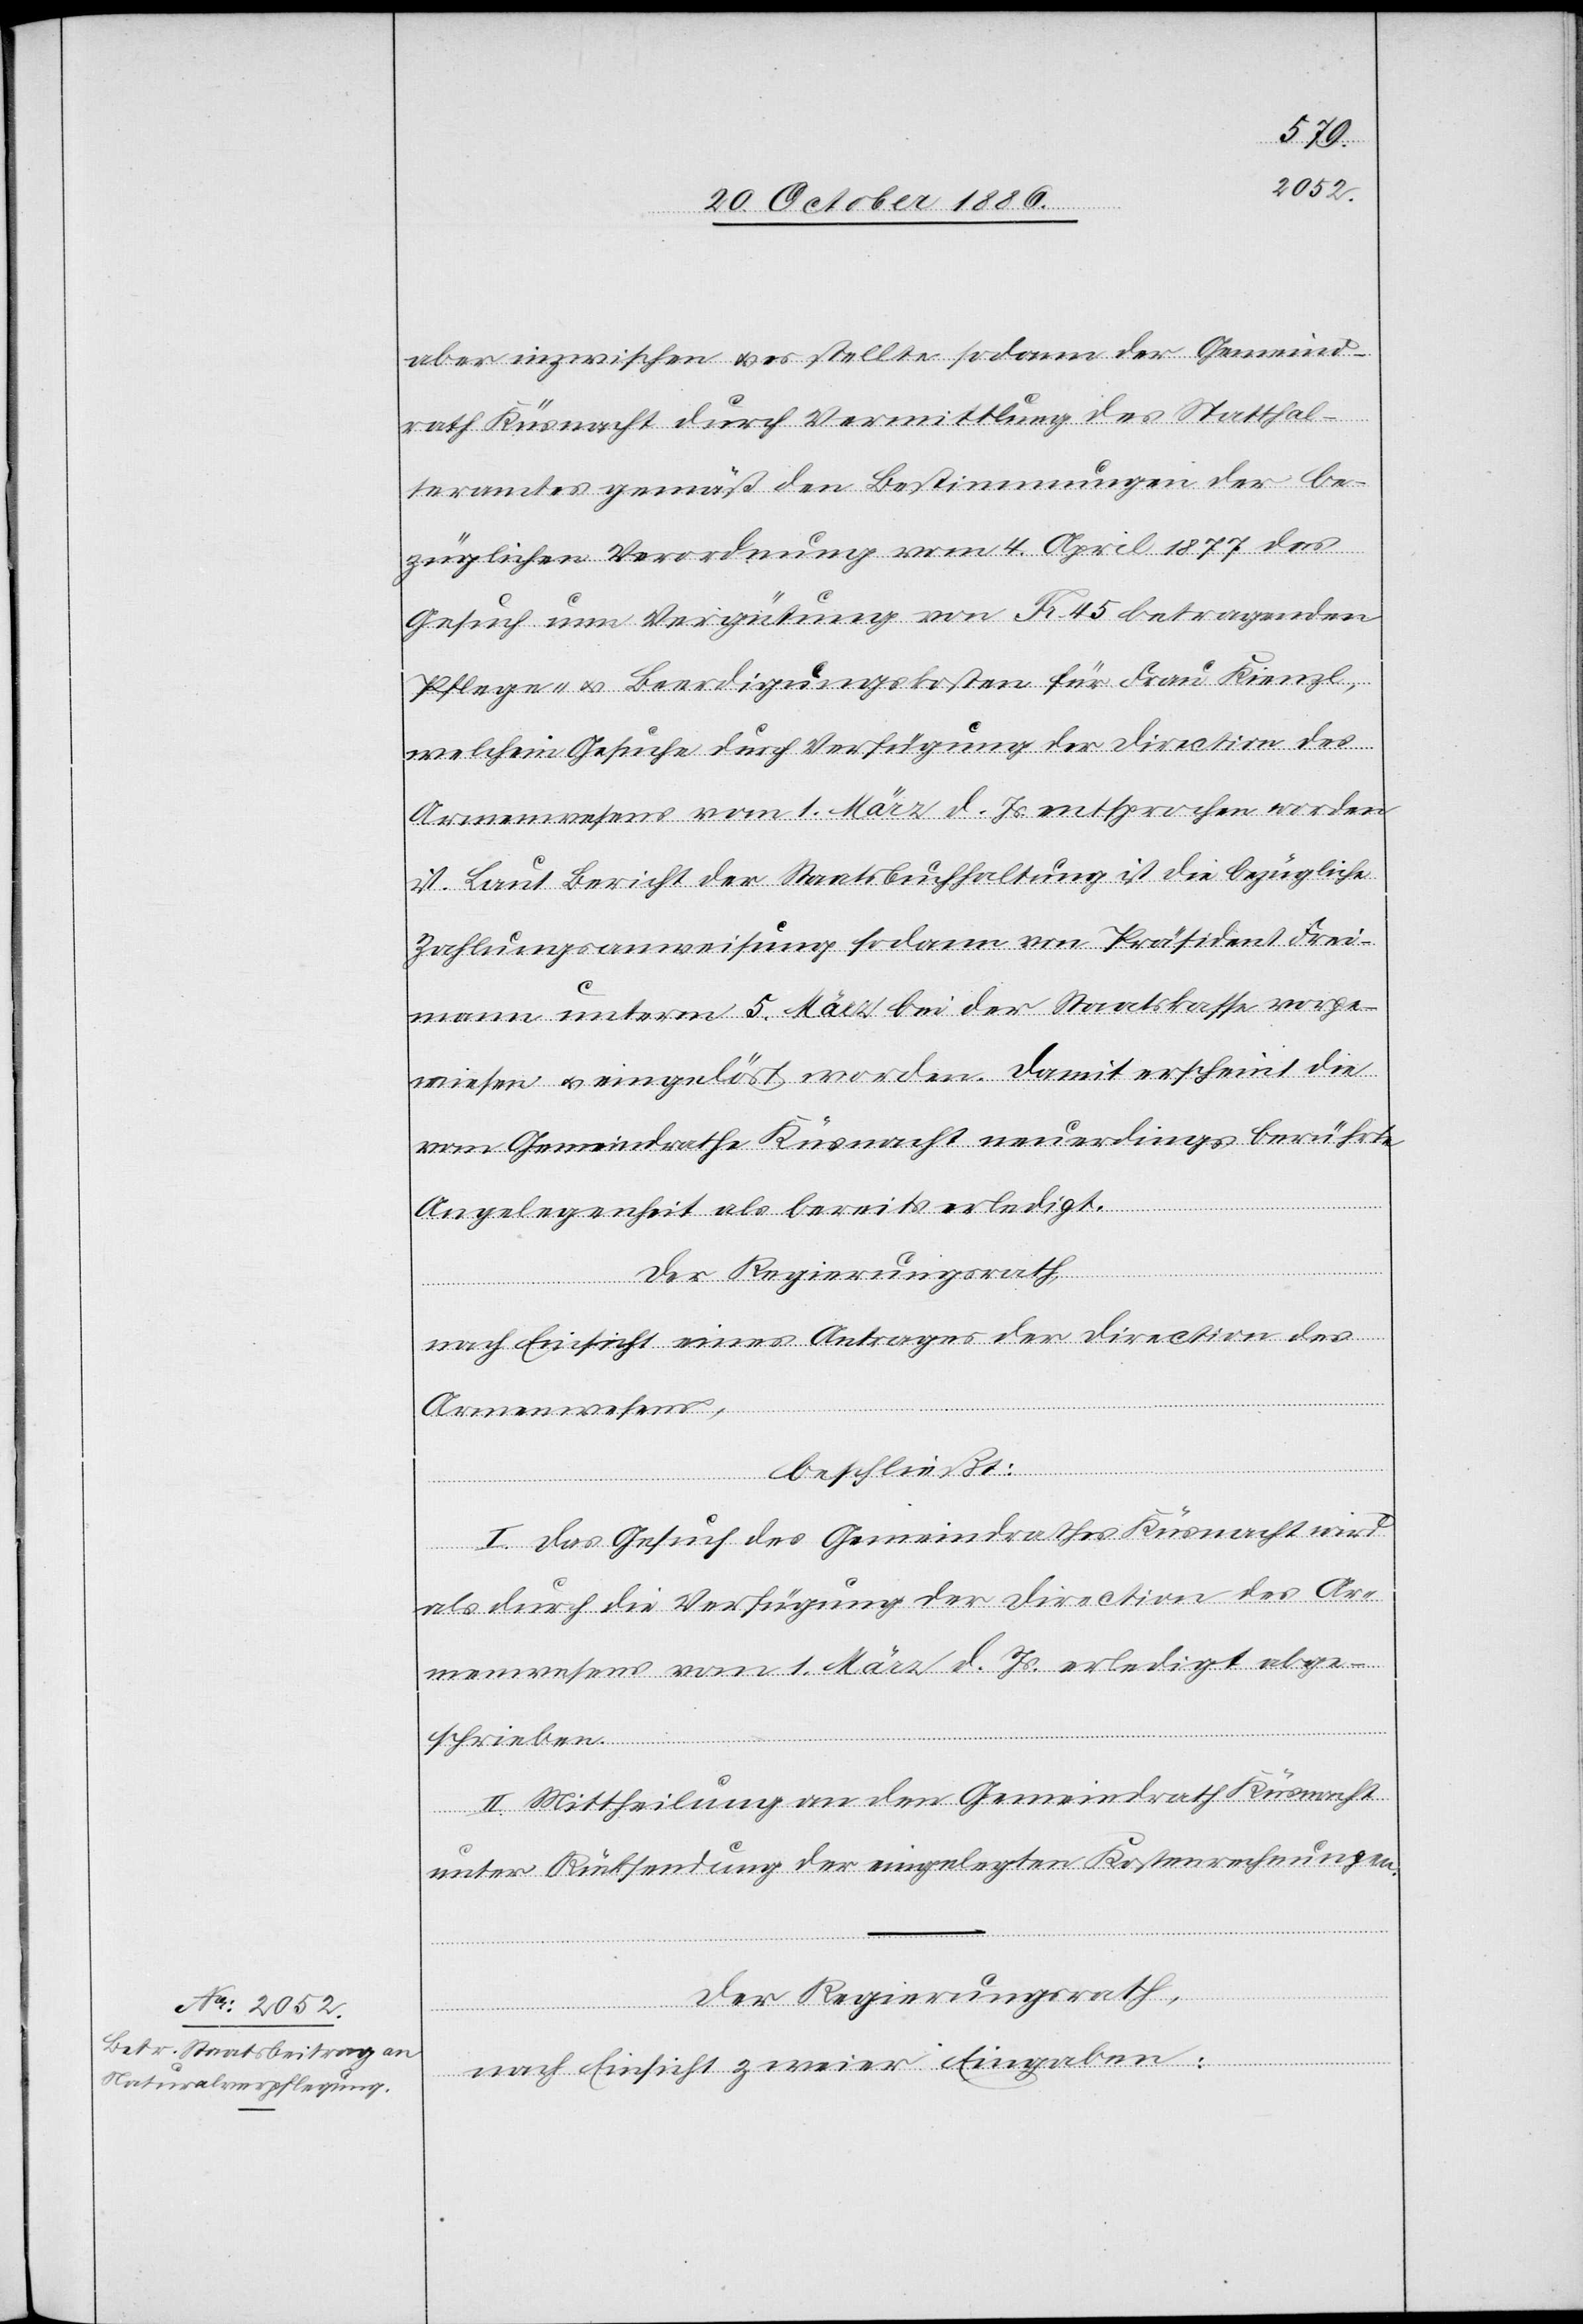
aber inzwischen & es stellte sodann der Gemeind¬
rath Küsnacht durch Vermittlung des Statthal¬
teramtes gemäß den Bestimmungen der be¬
züglichen Verordnung vom 4. April 1877 das
Gesuch um Vergütung von Fr. 45 betragenden
Pflege- & Beerdigungskosten für Frau Kienzl,
welchem Gesuche durch Verfügung der Direction des
Armenwesens vom 1. März d. Js. entsprochen worden
ist. Laut Bericht der Staatsbuchhaltung ist die bezügliche
Zahlungsanweisung sodann von Präsident Frei¬
mann unterm 5. März bei der Staatskasse vorge¬
wiesen & eingelöst worden. Damit erscheint die
vom Gemeindrathe Küsnacht neuerdings berührte
Angelegenheit als bereits erledigt.
nach Einsicht eines Antrages der Direction des
Armenwesens,
beschließt:
I. Das Gesuch des Gemeindrathes Küsnacht wird
als durch die Verfügung der Direction des Ar¬
menwesens vom 1. März d. Js. erledigt abge¬
schrieben.
II. Mittheilung an den Gemeindrath Küsnacht
unter Rücksendung der eingelegten Kostenrechnungen.
Der Regierungsrath,
nach Einsicht zweier Eingaben: